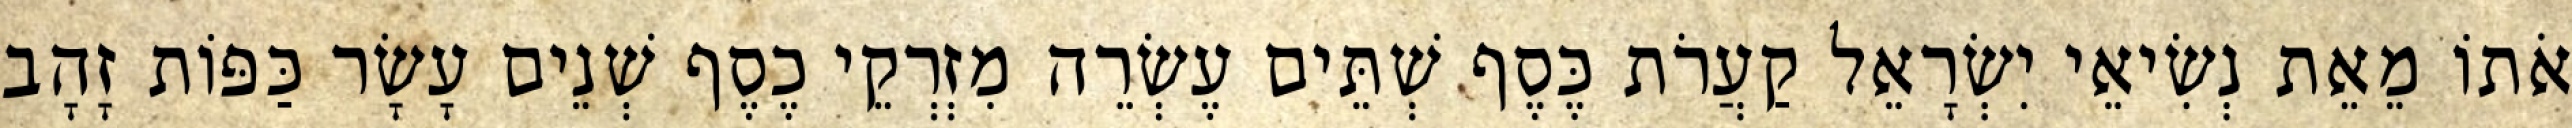
אֹתוֹ מֵאֵת נְשִׂיאֵי יִשְׂרָאֵל קַעֲרֹת כֶּסֶף שְׁתֵּים עֶשְׂרֵה מִזְרְקֵי כֶסֶף שְׁנֵים עָשָׂר כַּפּוֹת זָהָב